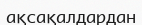
ақсақалдардан